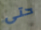
حتى